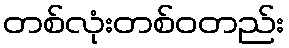
တစ်လုံးတစ်ဝတည်း